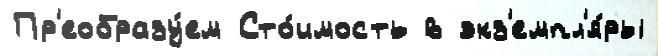
Пр'еобразу́ем Сто́имость в экз'емпл'я́ры